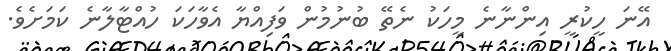
އޭނަ ހީކުރީ އިންނާނެ މީހަކު ނެތޭ ބުނުމުން ވަފިއްޔާ އެވާހަކަ ހުއްޓާލާނެ ކަމަށެވެ.